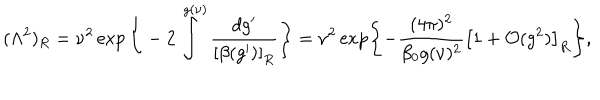
( \Lambda ^ { 2 } ) _ { R } = \nu ^ { 2 } \exp \Bigg \{ - 2 \int ^ { g ( \nu ) } \frac { d g ^ { \prime } } { \left[ \beta ( g ^ { \prime } ) \right] _ { R } } \Bigg \} = \nu ^ { 2 } \exp \left\{ - \frac { ( 4 \pi ) ^ { 2 } } { \beta _ { 0 } g ( \nu ) ^ { 2 } } \left[ 1 + { \cal O } ( g ^ { 2 } ) \right] _ { R } \right\} ,